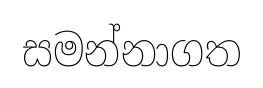
සමන්නාගත